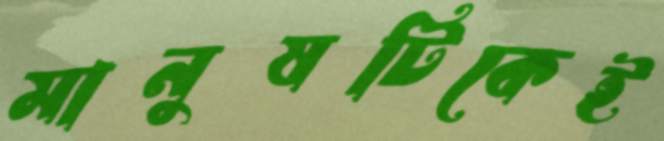
মানুষটিকেই